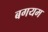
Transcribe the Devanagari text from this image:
बगयम